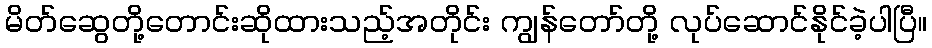
မိတ်ဆွေတို့တောင်းဆိုထားသည့်အတိုင်း ကျွန်တော်တို့ လုပ်ဆောင်နိုင်ခဲ့ပါပြီ။